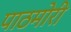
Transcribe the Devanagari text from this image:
पाठमोरी